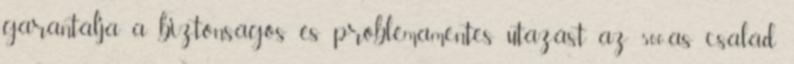
garantálja a biztonságos és problémamentes utazást az 500-as család